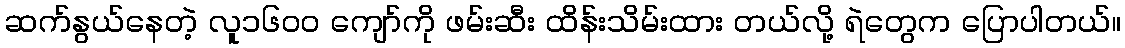
ဆက်နွယ်နေတဲ့ လူ၁၆၀၀ ကျော်ကို ဖမ်းဆီး ထိန်းသိမ်းထား တယ်လို့ ရဲတွေက ပြောပါတယ်။